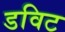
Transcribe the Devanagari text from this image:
डविट